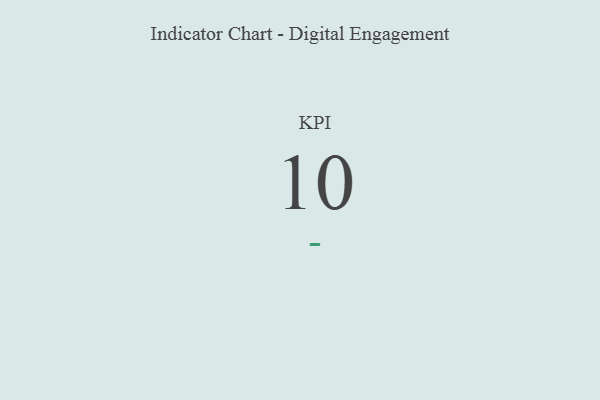
{"axis": {"x": "KPI", "y": "Value"}, "legend": [""], "data": [{"x": "KPI", "y": 10, "type": ""}]}